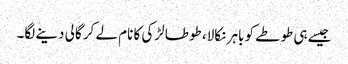
جیسے ہی طوطے کو باہر نکالا، طوطا لڑکی کا نام لے کر گالی دینے لگا۔